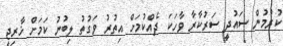
ކުރުމުން ސައުދީ ސަރުކާރާ ވާހަކަ ދެއްކުމަށް އިތުރު ވަގުތު ލިބުނު ކަމަށް ޚާރިޖީ